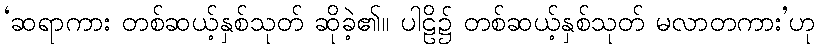
‘ဆရာကား တစ်ဆယ့်နှစ်သုတ် ဆိုခဲ့၏။ ပါဠိ၌ တစ်ဆယ့်နှစ်သုတ် မလာတကား’ဟု